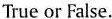
True or False.